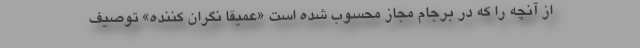
از آنچه را که در برجام مجاز محسوب شده است «عمیقا نگران کننده» توصیف